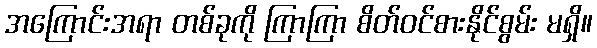
အကြောင်းအရာ တစ်ခုကို ကြာကြာ စိတ်ဝင်စားနိုင်စွမ်း မရှိ။